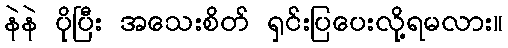
နဲနဲ ပိုပြီး အသေးစိတ် ရှင်းပြပေးလို့ရမလား။